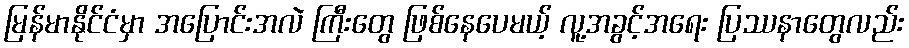
မြန်မာနိုင်ငံမှာ အပြောင်းအလဲ ကြီးတွေ ဖြစ်နေပေမယ့် လူ့အခွင့်အရေး ပြဿနာတွေလည်း